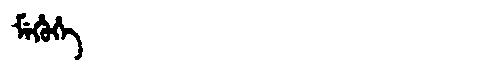
Manchu: ᠮᡝᡥᡠᡥᡝ
Romanization: MEHUHE